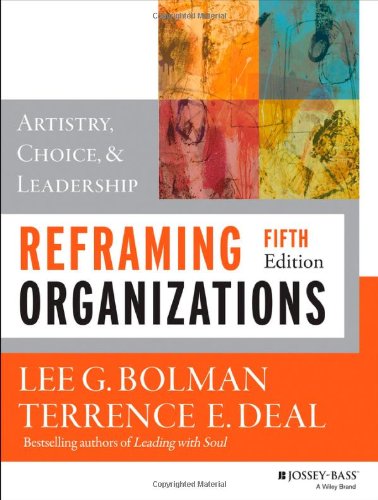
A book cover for Reframing Organizations: Artistry, Choice, and Leadership; Lee G. Bolman; Business & Money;